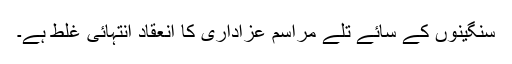
سنگینوں کے سائے تلے مراسم عزاداری کا انعقاد انتہائی غلط ہے۔